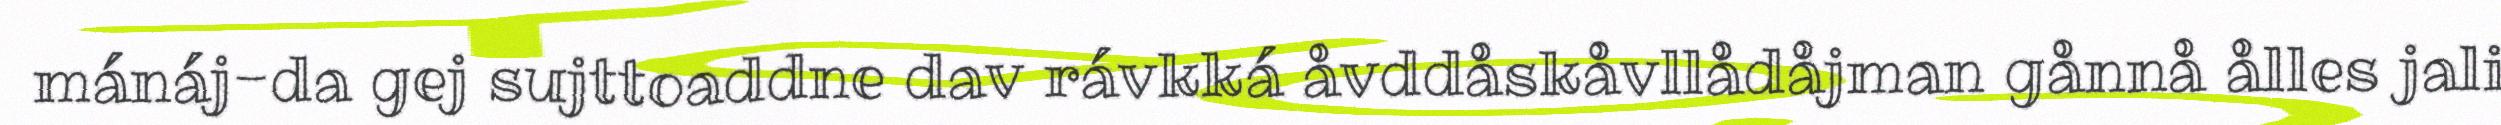
mánáj-da gej sujttoaddne dav rávkká åvddåskåvllådåjman gånnå ålles jali